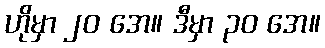
ဟိုမှာ ၂၀ အေ။ ဒီမှာ ၃၀ အေ။